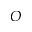
O